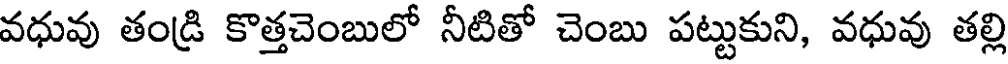
వధువు తండ్రి కొత్తచెంబులో నీటితో చెంబు పట్టుకుని, వధువు తల్లి